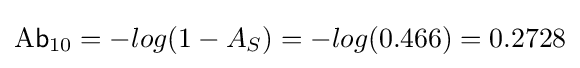
{\mathsf {\mathrm {A} b}}_{10}=-log(1-A_{S})=-log(0.466)=0.2728